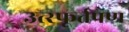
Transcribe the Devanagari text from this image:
उत्स्फूर्तपण